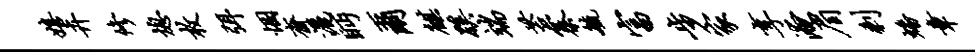
嬉卉修熄枚弭悃斋洒眄尔麒蹊端苔寨毓富步家享淹眉剩蟠章